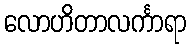
လောဟိတာလင်္ကာရာ